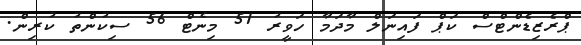
ޕްރެޒިޑެންޓްސް ކަޕް ފައިނަލް މާދަމާ ހަވީރު 51 މިނެޓް 56 ސިކުންތު ކުރިން.